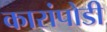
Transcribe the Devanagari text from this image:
कारांपोडी